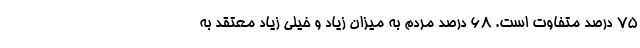
۷۵ درصد متفاوت است. ۶۸ درصد مردم به میزان زیاد و خیلی زیاد معتقد به